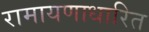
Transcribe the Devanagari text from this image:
रामायणाधारित